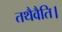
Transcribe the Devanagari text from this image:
तथैवैति।